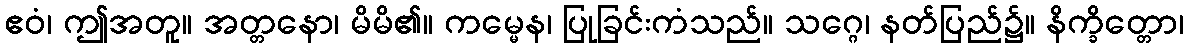
ဧဝံ၊ ဤအတူ။ အတ္တနော၊ မိမိ၏။ ကမ္မေန၊ ပြုခြင်းကံသည်။ သဂ္ဂေ၊ နတ်ပြည်၌။ နိက္ခိတ္တော၊